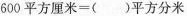
600平方厘米=()平方分米